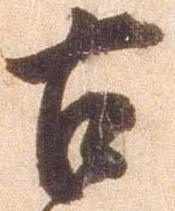
古